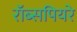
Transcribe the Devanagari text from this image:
रॉब्सपियरे